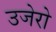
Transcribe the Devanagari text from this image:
उजेरो